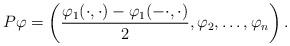
LaTeX: \begin{align*}P\varphi=\left(\frac{\varphi_1(\cdot,\cdot)-\varphi_1(-\cdot,\cdot)}{2},\varphi_2,\dots,\varphi_n\right).\end{align*}